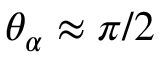
\theta _ { \alpha } \approx \pi / 2